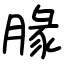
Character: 腞